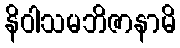
နိဝါသမဘိဇာနာမိ